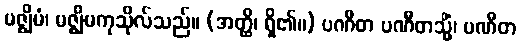
မဇ္ဈိမံ၊ မဇ္ဈိမကုသိုလ်သည်။ (အတ္ထိ၊ ရှိ၏။) ပဏီတ ပဏီတသ္မိံ၊ ပဏီတ